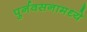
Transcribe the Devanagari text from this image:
पुर्नवसनामध्ये